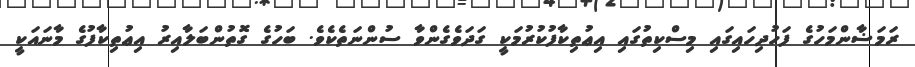
ރަމަޟާންމަހުގެ ފަހުދިހައިގައި މިސްކިތުގައި އިޢުތިކާފުކުރުމަކީ ގަދަވެގެންވާ ސުންނަތެކެވެ. ބަހުގެ ގޮތުންބަލާއިރު އިޢުތިކާފުގެ މާނައަކީ